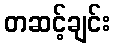
တဆင့်ချင်း